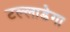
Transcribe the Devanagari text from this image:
टल्लाडेगा